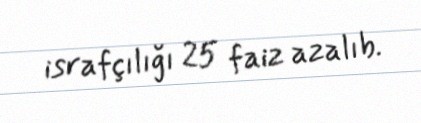
israfçılığı 25 faiz azalıb.